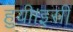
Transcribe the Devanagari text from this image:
हुयी।इसी